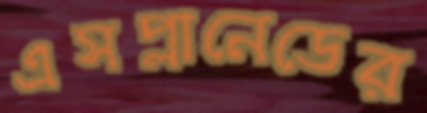
এসপ্লানেডের